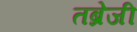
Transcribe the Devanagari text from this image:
तब्रेजी